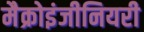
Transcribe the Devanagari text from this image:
मैक्रोइंजीनियरी